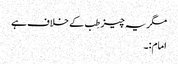
مگر یہ چیز طِب کے خلاف ہے
امام:۔